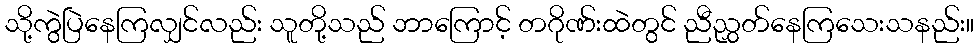
သို့ကွဲပြဲနေကြလျှင်လည်း သူတို့သည် ဘာကြောင့် တဂိုဏ်းထဲတွင် ညီညွှတ်နေကြသေးသနည်း။